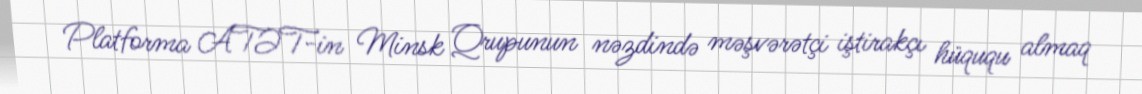
Platforma ATƏT-in Minsk Qrupunun nəzdində məşvərətçi iştirakçı hüququ almaq